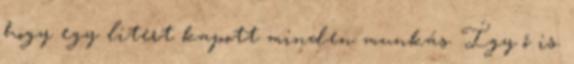
hogy egy litert kapott minden munkás. Így ő is.